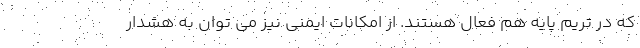
که در تریم پایه هم فعال هستند. از امکانات ایمنی نیز می توان به هشدار